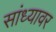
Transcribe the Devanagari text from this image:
सांध्यावर